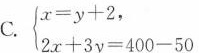
C. $$\begin{cases}